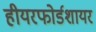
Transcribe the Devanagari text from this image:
हीयरफोर्डशायर